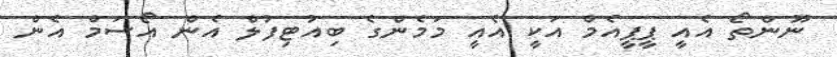
ނޫންތޯ އެއީ ޕީޕީއެމް އަކީ އެއީ މަމެންގެ ބިއުޓިފުލް އެން އޯސަމް އެން